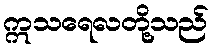
ဣသရေလတို့သည်